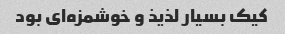
کیک بسیار لذیذ و خوشمزه‌ای بود